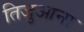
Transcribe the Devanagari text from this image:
तिजुआना